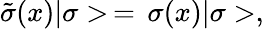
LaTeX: \tilde{\sigma}(x)|\sigma>\, =\, \sigma(x)|\sigma>,